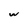
Character: w